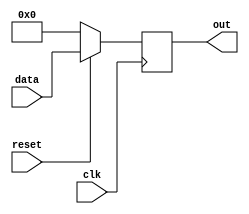
`timescale 1ns / 1ps
//////////////////////////////////////////////////////////////////////////////////
// Company: 
// Engineer: 
// 
// Design Name: 
// Module Name: if_id_pl_reg
// Project Name: 
// Target Devices: 
// Tool Versions: 
// Description: 
// 
// Dependencies: 
// 
// Revision:
// Revision 0.01 - File Created
// Additional Comments:
// 
//////////////////////////////////////////////////////////////////////////////////


module if_id_pl_reg(
 input clk,
   input reset,
   input [7:0] data,
   output reg [7:0]out
  );
  
      always@(posedge clk)
      begin
  if(!reset)
  out = 0;
  else
  out = data ;
  end
endmodule